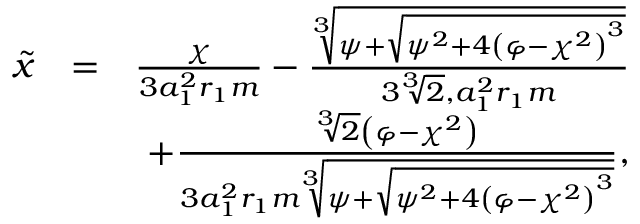
\begin{array} { r l r } { \widetilde x } & { = } & { \frac { \chi } { 3 a _ { 1 } ^ { 2 } r _ { 1 } m } - \frac { \sqrt [ 3 ] { \psi + \sqrt { \psi ^ { 2 } + 4 \left( \varphi - \chi ^ { 2 } \right) ^ { 3 } } } } { 3 \sqrt [ 3 ] { 2 } , a _ { 1 } ^ { 2 } r _ { 1 } m } } \\ & { } & { + \frac { \sqrt [ 3 ] { 2 } \left( \varphi - \chi ^ { 2 } \right) } { 3 a _ { 1 } ^ { 2 } r _ { 1 } m \sqrt [ 3 ] { \psi + \sqrt { \psi ^ { 2 } + 4 \left( \varphi - \chi ^ { 2 } \right) ^ { 3 } } } } , } \end{array}